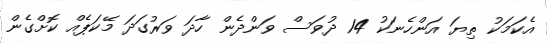
އެކަމަކު ތިޔަ އަންހެނަކު 14 ދުވަސް ވަންދެން ހާދަ ވަރުގަދަ މޭކަޕެއް ކޮށްގެން